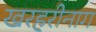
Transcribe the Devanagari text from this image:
खरहरीनाग